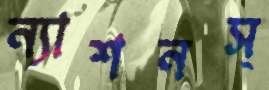
ন্যাশনস্